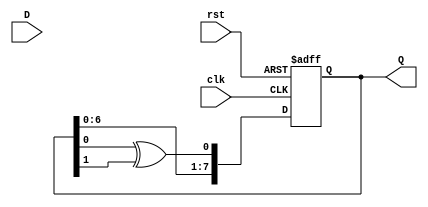
module FeedbackRegister #(
    parameter WIDTH = 8,          // Width of the register
    parameter INITIAL_STATE = 8'b00000000 // Initial state on reset
)(
    input wire clk,               // Clock input
    input wire rst,               // Asynchronous reset
    input wire [WIDTH-1:0] D,     // Data input
    output reg [WIDTH-1:0] Q      // Current state output
);

    // Internal feedback logic (example: XOR of the first two bits)
    wire feedback;
    assign feedback = Q[0] ^ Q[1]; // Example feedback logic

    always @(posedge clk or posedge rst) begin
        if (rst) begin
            Q <= INITIAL_STATE;    // Reset to initial state
        end else begin
            // Update the state based on feedback and data input
            Q <= {Q[WIDTH-2:0], feedback}; // Shift left and add feedback
            // Alternatively, you can use the data input:
            // Q <= D; // Load new data directly
        end
    end

endmodule